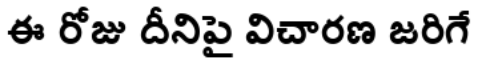
ఈ రోజు దీనిపై విచారణ జరిగే